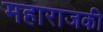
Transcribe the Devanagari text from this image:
महाराजकी